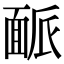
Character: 𩈛